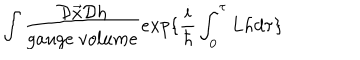
\int \frac { { \cal D } \vec { x } { \cal D } h } { g a u g e \ v o l u m e } e x p \{ \frac { i } { \hbar } \int _ { 0 } ^ { \tau } L h d \tau \}